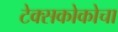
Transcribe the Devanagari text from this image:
टेक्सकोकोचा